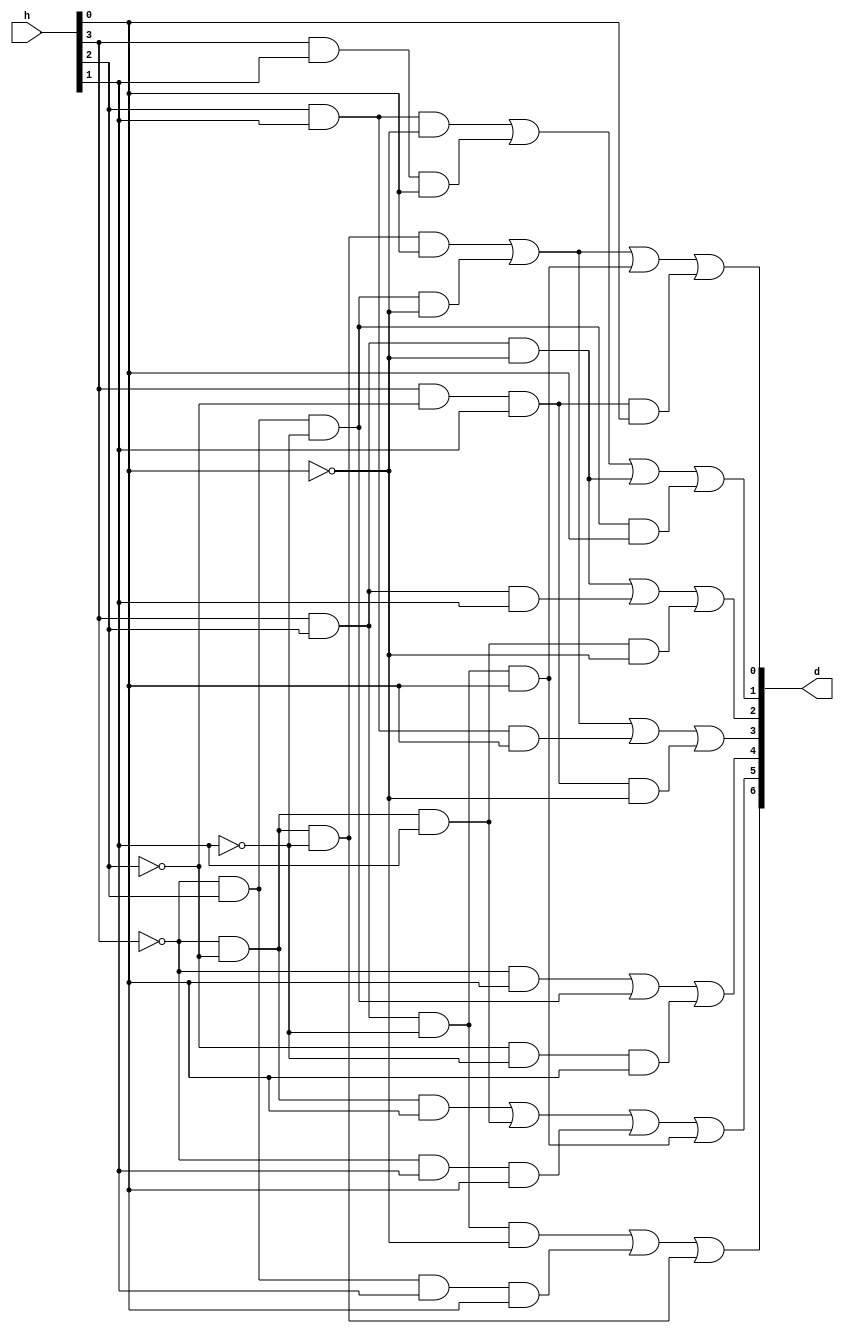
module hex(
input [3:0]h,
output [6:0]d
);

assign d[0] = (~h[3]&~h[2]&~h[1]&h[0]) | (~h[3]&h[2]&~h[1]&~h[0]) | (h[3]&h[2]&~h[1]&h[0]) | (h[3]&~h[2]&h[1]&h[0]);
assign d[1] = (h[2]&h[1]&~h[0]) | (h[3]&h[1]&h[0]) | (h[3]&h[2]&~h[0]) | (~h[3]&h[2]&~h[1]&h[0]);
assign d[2] = (h[3]&h[2]&~h[0]) | (h[3]&h[2]&h[1]) | (~h[3]&~h[2]&h[1]&~h[0]);
assign d[3] = (~h[3]&~h[2]&~h[1]&h[0]) | (~h[3]&h[2]&~h[1]&~h[0]) | (h[2]&h[1]&h[0]) | (h[3]&~h[2]&h[1]&~h[0]);
assign d[4] = (~h[3]&h[0]) | (~h[3]&h[2]&~h[1]) | (~h[2]&~h[1]&h[0]);
assign d[5] = (~h[3]&~h[2]&h[0]) | (~h[3]&~h[2]&h[1]) | (~h[3]&h[1]&h[0]) | (h[3]&h[2]&~h[1]&h[0]);
assign d[6] = (h[3]&h[2]&~h[1]&~h[0]) | (~h[3]&h[2]&h[1]&h[0]) | (~h[3]&~h[2]&~h[1]);

endmodule